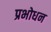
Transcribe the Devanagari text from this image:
प्रभोधन